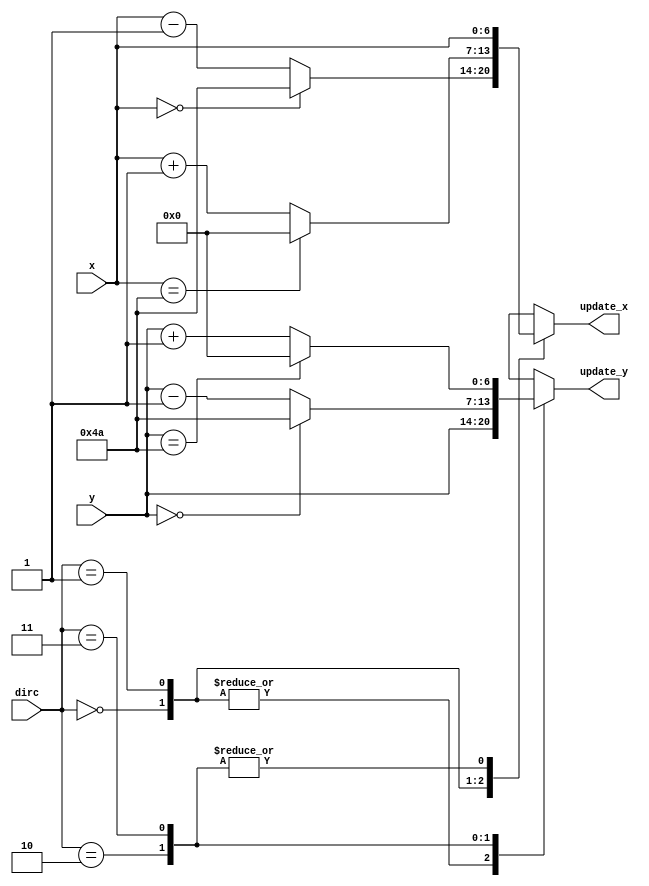
`timescale 1ns / 1ps
//////////////////////////////////////////////////////////////////////////////////
// Company: 
// Engineer: 
// 
// Design Name: 
// Module Name: dirc_helper
// Project Name: 
// Target Devices: 
// Tool Versions: 
// Description: 
// 
// Dependencies: 
// 
// Revision:
// Revision 0.01 - File Created
// Additional Comments:
// 
//////////////////////////////////////////////////////////////////////////////////


module dirc_updater(
    input [1:0] dirc,
    input [6:0] x, y,
    output reg [6:0] update_x, update_y
);
    always @( * ) begin
        case ( dirc )
            2'b00: begin
                if ( x == 0 ) update_x = 74;
                else update_x = x - 1;
                update_y = y;
            end
            2'b01: begin
                if ( x == 74 ) update_x = 0;
                else update_x = x + 1;
                update_y = y;
            end
            2'b10: begin
                update_x = x;
                if ( y == 0 ) update_y = 74;
                else update_y = y - 1;
            end
            2'b11: begin
                update_x = x;
                if ( y == 74 ) update_y = 0;
                else update_y = y + 1;
            end
        endcase
    end
endmodule